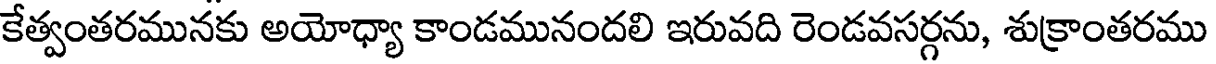
కేత్వంతరమునకు అయోధ్యా కాండమునందలి ఇరువది రెండవసర్గను, శుక్రాంతరము